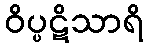
ဝိပ္ပဋိသာရိ